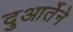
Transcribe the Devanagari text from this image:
दुआर्तेने